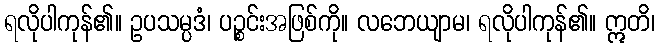
ရလိုပါကုန်၏။ ဥပသမ္ပဒံ၊ ပဉ္စင်းအဖြစ်ကို။ လဘေယျာမ၊ ရလိုပါကုန်၏။ ဣတိ၊